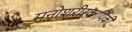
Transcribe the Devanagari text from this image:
मनोशरीरकार्यिकी